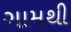
ગામથી